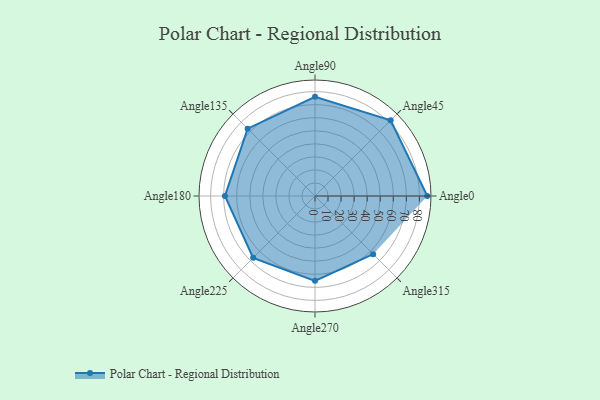
{"axis": {"x": "Angle", "y": "Radius"}, "legend": [""], "data": [{"x": "Angle0", "y": 86.0, "type": ""}, {"x": "Angle45", "y": 82.0, "type": ""}, {"x": "Angle90", "y": 76.0, "type": ""}, {"x": "Angle135", "y": 73.0, "type": ""}, {"x": "Angle180", "y": 69.0, "type": ""}, {"x": "Angle225", "y": 67.0, "type": ""}, {"x": "Angle270", "y": 65.0, "type": ""}, {"x": "Angle315", "y": 63.0, "type": ""}]}